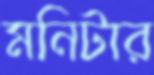
মনিটার